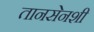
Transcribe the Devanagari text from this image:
तानसेनशी